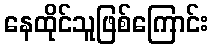
နေထိုင်သူဖြစ်ကြောင်း